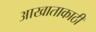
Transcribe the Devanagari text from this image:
आखाताकाठी